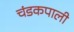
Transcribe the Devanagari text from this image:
चंडकपाली